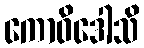
ကောဝိဒေါသိ